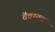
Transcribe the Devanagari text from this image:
वैवस्तव